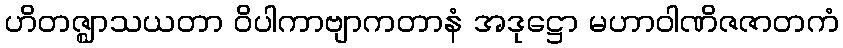
ဟိတဇ္ဈာသယတာ ဝိပါကာဗျာကတာနံ အဒုဋ္ဌော မဟာဝါဏိဇဇာတကံ